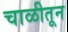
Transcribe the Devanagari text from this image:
चाळीतून